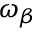
\omega _ { \beta }